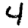
Digit: 4